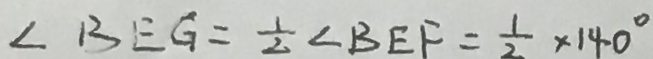
\angle B E G = \frac { 1 } { 2 } \angle B E F = \frac { 1 } { 2 } \times 1 4 0 ^ { \circ }